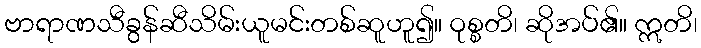
ဗာရာဏသီခွန်ဆီသိမ်းယူမင်းတစ်ဆူဟူ၍။ ဝုစ္စတိ၊ ဆိုအပ်၏။ ဣတိ၊